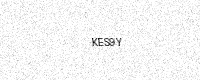
Text: KES9Y